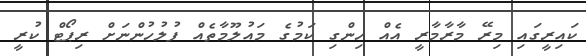
ކައިރީގައި މިރޭ މާރާމާރީ އެއް ހިންގި ކަމުގެ މައުލޫމާތެއް ފުލުހުންނަށް ރިޕޯޓް ކުރީ